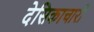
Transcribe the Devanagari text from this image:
देसिकाचारी